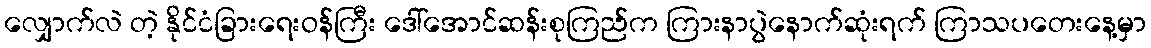
လျှောက်လဲ တဲ့ နိုင်ငံခြားရေးဝန်ကြီး ဒေါ်အောင်ဆန်းစုကြည်က ကြားနာပွဲနောက်ဆုံးရက် ကြာသပတေးနေ့မှာ